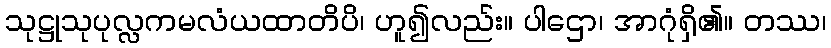
သုဋ္ဌုသုပုလ္လကမလံယထာတိပိ၊ ဟူ၍လည်း။ ပါဌော၊ အာဂုံရှိ၏။ တဿ၊